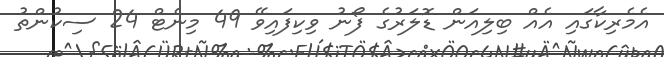
އެމެރިކާގައި އެއް ބިލިއަން ޑޮލަރުގެ ފޯނު ވިކިފައިވޭ 49 މިނެޓް 24 ސިކުންތު